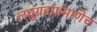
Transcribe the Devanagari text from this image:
लघुग्रहांप्रमाणेच